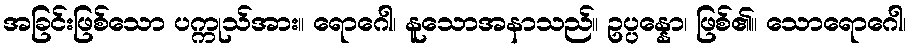
အခြင်းဖြစ်သော ပက္ကုသ်အား။ ရောဂေါ၊ နူသောအနာသည်။ ဥပ္ပန္နော၊ ဖြစ်၏။ သောရောဂေါ၊